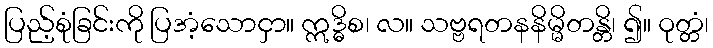
ပြည့်စုံခြင်းကို ပြအံ့သောငှာ။ ဣဒ္ဓိစ၊ လ။ သဗ္ဗရတနနိမ္မိတန္တိ၊ ၍။ ဝုတ္တံ၊